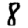
Digit: 8